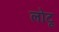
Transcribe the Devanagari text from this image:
लोटू